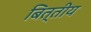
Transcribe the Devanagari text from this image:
बित्तीय